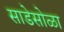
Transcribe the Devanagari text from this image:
साडेसोळा